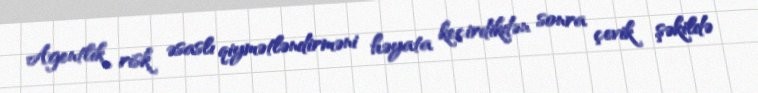
Agentlik risk əsaslı qiymətləndirməni həyata keçirdikdən sonra çevik şəkildə